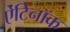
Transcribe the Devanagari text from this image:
ऐंटिनॉक